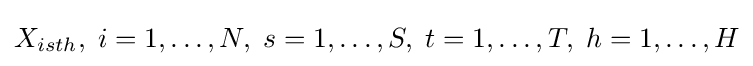
X_{isth},\;i=1,\dots ,N,\;s=1,\dots ,S,\;t=1,\dots ,T,\;h=1,\dots ,H